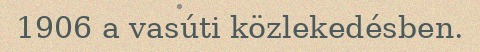
1906 a vasúti közlekedésben.